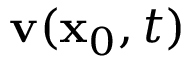
\mathbf { v } ( \mathbf { x } _ { 0 } , t )